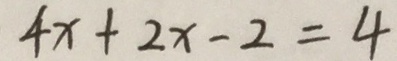
4 x + 2 x - 2 = 4